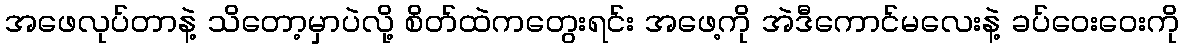
အဖေလုပ်တာနဲ့ သိတော့မှာပဲလို့ စိတ်ထဲကတွေးရင်း အဖေ့ကို အဲဒီကောင်မလေးနဲ့ ခပ်ဝေးဝေးကို